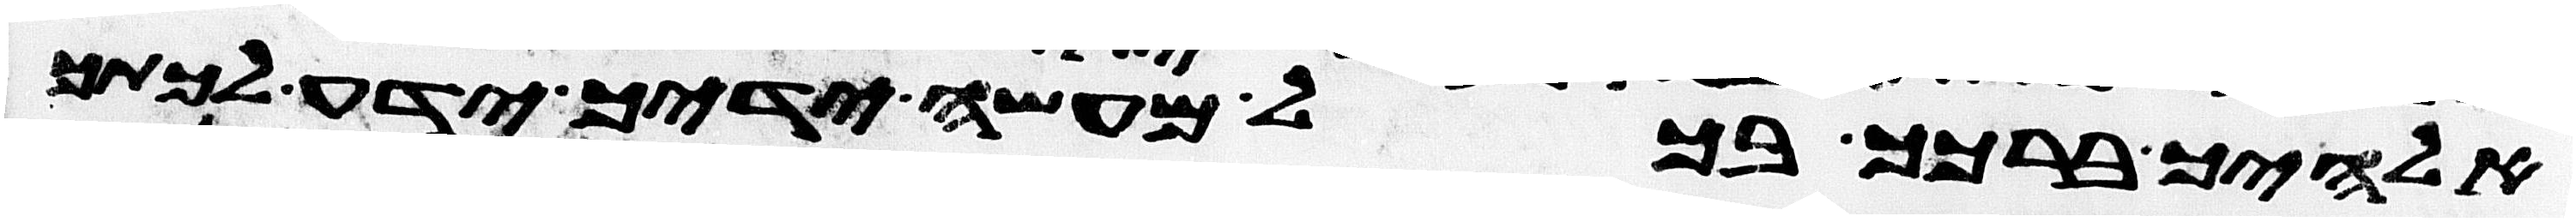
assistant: אלהיך ברכך בכל מעשה ידיך ידע לכתך